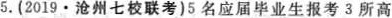
5.(2019·沧州七校联考)5名应届毕业生报考3所高